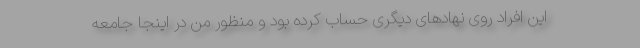
این افراد روی نهادهای دیگری حساب کرده بود و منظور من در اینجا جامعه